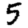
Digit: 5